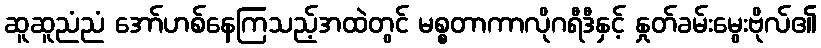
ဆူဆူညံညံ အော်ဟစ်နေကြသည့်အထဲတွင် မစ္စတာကာလိုဂရီဒီနှင့် နှုတ်ခမ်းမွေးဗိုလ်၏